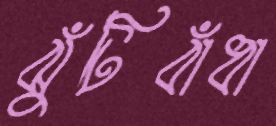
ঝুঁটিবাঁধা